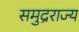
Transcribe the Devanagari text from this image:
समुद्रराज्य